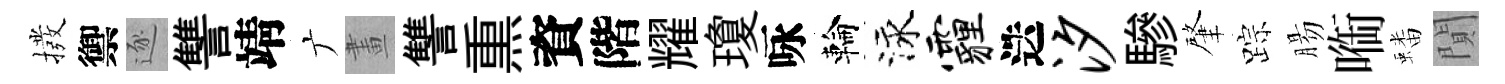
撥禦逐讐靖广畫讐𤋱資階耀瓊咏輪泳霾迭汐驂肇踪腸㗸蟠閴